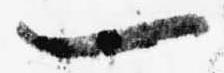
一